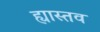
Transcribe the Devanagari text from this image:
ह्यास्तव